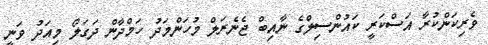
ވެރިކަންކުރާ އަސްކަރީ ކައުންސިލްގެ ނާއިބް ޖެނެރަލް މުހަންމަދު ހަމްދާން ދަގަލޯ މިއަދު ވަނީ